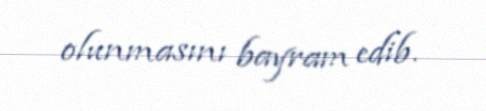
olunmasını bayram edib.